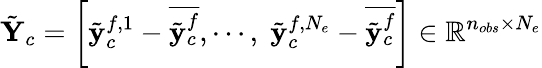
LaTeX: \tilde{\mathbf{Y}}_{c}=\left[{\tilde{\mathbf y}}_{c}^{f,1}-\overline{{\tilde{\mathbf y}_{c}^{f}}},\cdots,\; \tilde{{\mathbf y}}_{c}^{f,N_{e}}-\overline{{\tilde{{\mathbf y}}_{c}^{f}}}\right]\in\mathbb{R}^{n_{obs}\times N_{e}}